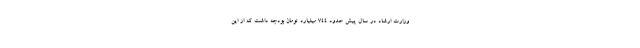
وزارت ارشاد در سال پیش حدود ۷۴۴ میلیارد تومان بودجه داشت که از این